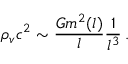
\rho _ { v } c ^ { 2 } \sim \frac { G m ^ { 2 } ( l ) } { l } \frac { 1 } { l ^ { 3 } } \, .